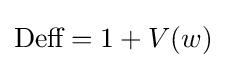
{\text{Deff}}=1+V(w)